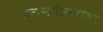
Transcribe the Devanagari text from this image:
हलसगीकरांचा